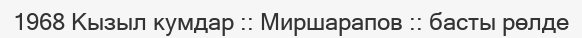
1968 Кызыл кумдар :: Миршарапов :: басты рөлде